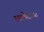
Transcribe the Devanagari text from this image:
रक्तपेढीच्या